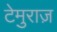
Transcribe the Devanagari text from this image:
टेमुराज़